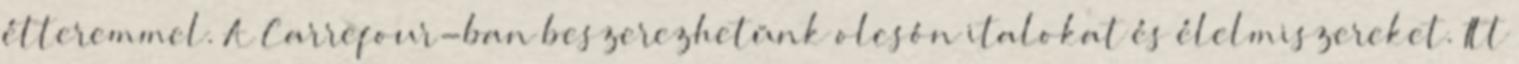
étteremmel. A Carrefour-ban beszerezhetünk olcsón italokat és élelmiszereket. Itt